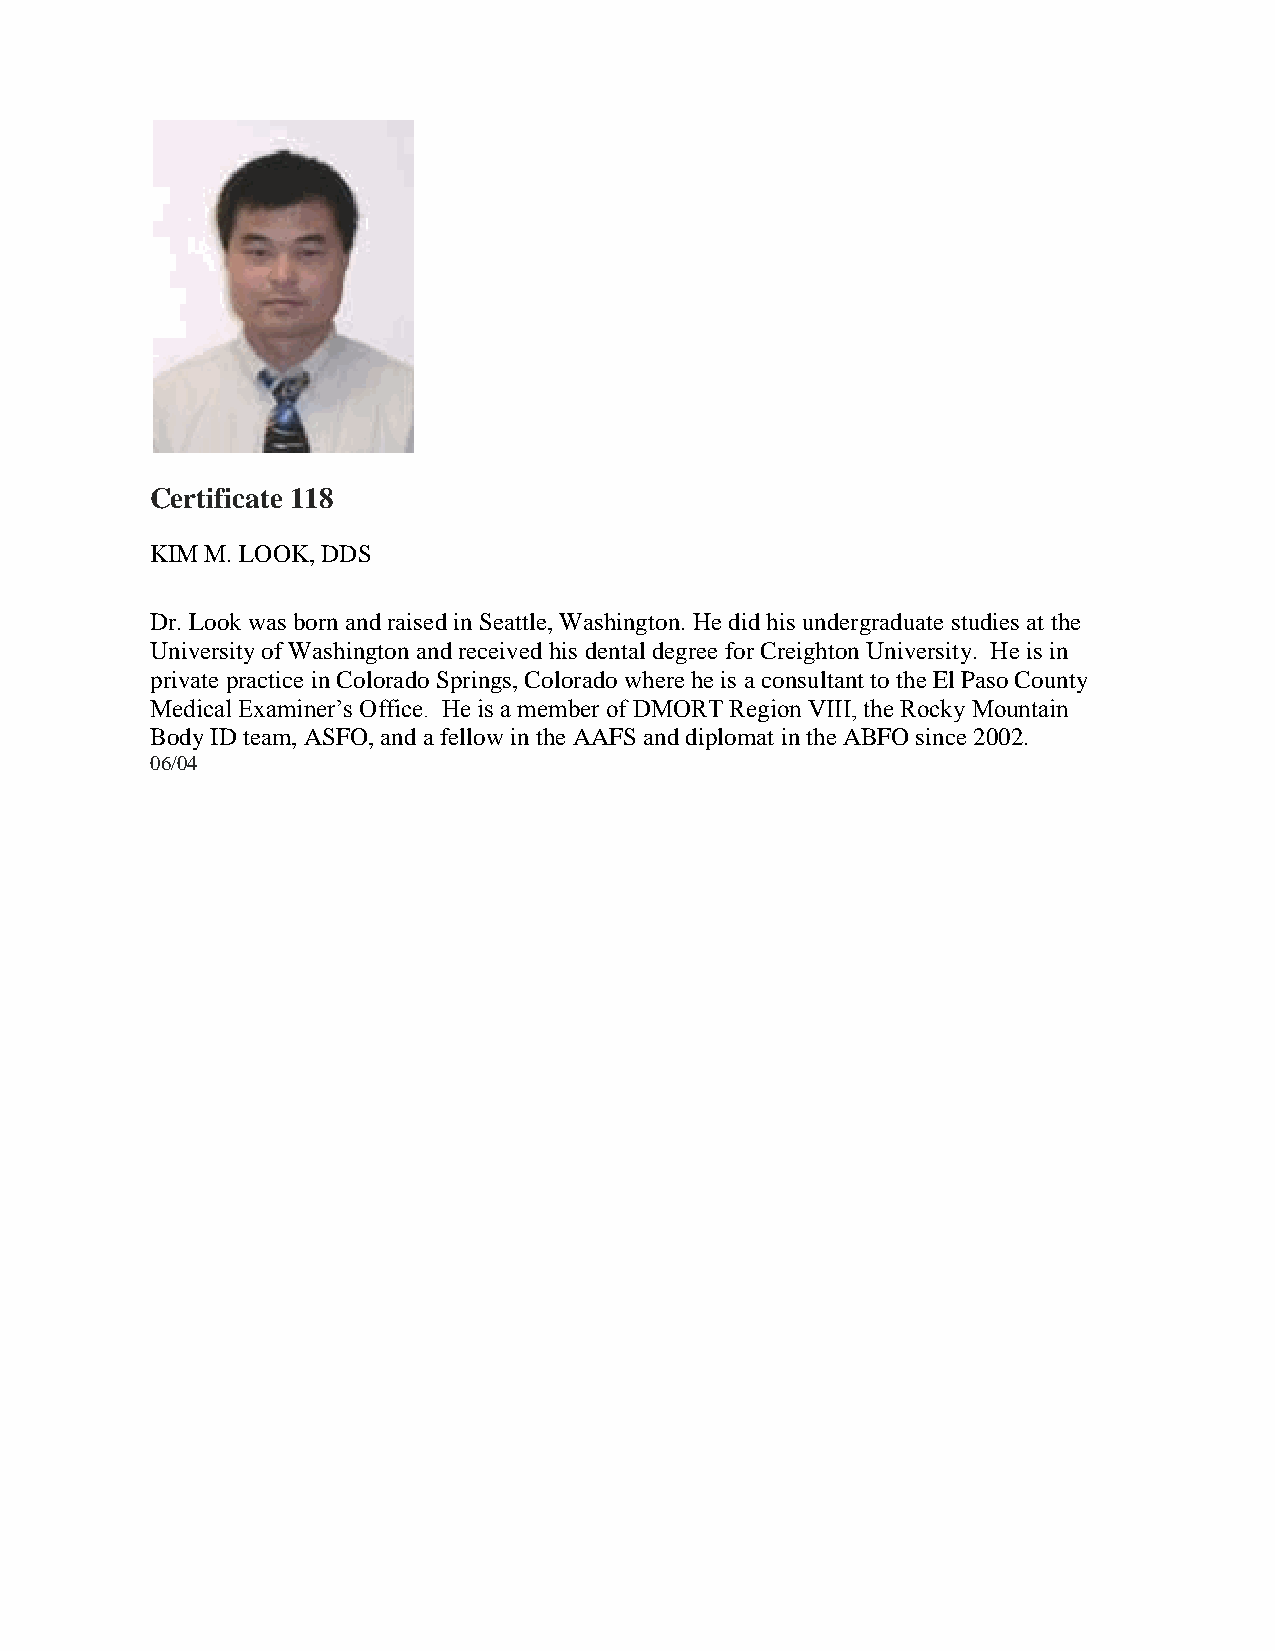
Certificate 118
 KIM M. LOOK, DDS
 Dr. Look was born and raised in Seattle, Washington. He did his undergraduate studies at the
 University of Washington and received his dental degree for Creighton University. He is in
 private practice in Colorado Springs, Colorado where he is a consultant to the El Paso County
 Medical Examiner’s Office. He is a member of DMORT Region VIII, the Rocky Mountain
 Body ID team, ASFO, and a fellow in the AAFS and diplomat in the ABFO since 2002.
 06/04